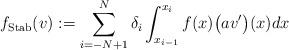
LaTeX: \begin{gather*}f_{\mathrm{Stab}}\!\left(v\right):= \sum_{i=-N+1}^N \delta_i \int_{x_{i-1}}^{x_i}f(x) \big(av'\big)(x) dx\end{gather*}